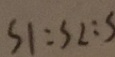
S 1 : S 2 : S